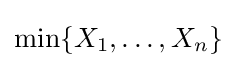
\min\{X_{1},\dotsc ,X_{n}\}